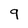
Character: 9